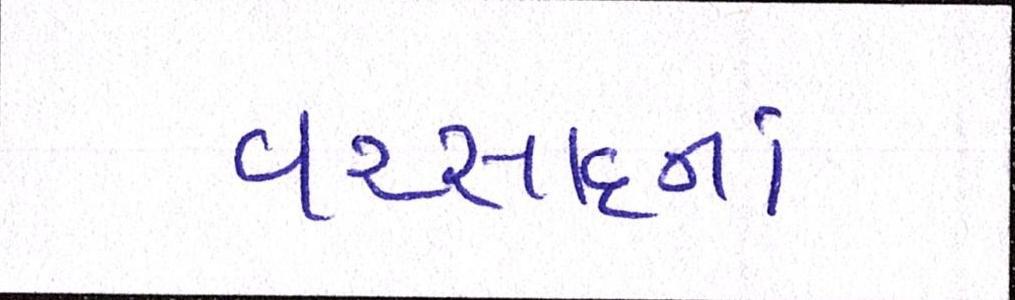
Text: વરસાદનાં